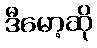
ဒီမော့ဆို